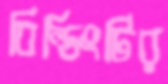
বিল্ডিংটির